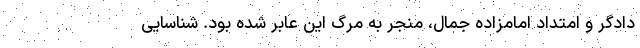
دادگر و امتداد امامزاده جمال، منجر به مرگ این عابر شده بود. شناسایی